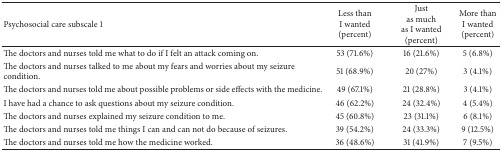
<table><thead><tr><td><b>Psychosocial care subscale 1 </b></td><td><b>Less thanI wanted(percent)</b></td><td><b>Justas muchas I wanted (percent)</b></td><td><b>More thanI wanted (percent)</b></td></tr></thead><tbody><tr><td>The doctors and nurses told me what to do if I felt an attack coming on.</td><td>53 (71.6%)</td><td>16 (21.6%)</td><td>5 (6.8%)</td></tr><tr><td>The doctors and nurses talked to me about my fears and worries about my seizure condition.</td><td>51 (68.9%)</td><td>20 (27%)</td><td>3 (4.1%)</td></tr><tr><td>The doctors and nurses told me about possible problems or side effects with the medicine.</td><td>49 (67.1%)</td><td>21 (28.8%)</td><td>3 (4.1%)</td></tr><tr><td>I have had a chance to ask questions about my seizure condition.</td><td>46 (62.2%)</td><td>24 (32.4%)</td><td>4 (5.4%)</td></tr><tr><td>The doctors and nurses explained my seizure condition to me.</td><td>45 (60.8%)</td><td>23 (31.1%)</td><td>6 (8.1%)</td></tr><tr><td>The doctors and nurses told me things I can and can not do because of seizures.</td><td>39 (54.2%)</td><td>24 (33.3%)</td><td>9 (12.5%)</td></tr><tr><td>The doctors and nurses told me how the medicine worked.</td><td>36 (48.6%)</td><td>31 (41.9%)</td><td>7 (9.5%)</td></tr></tbody></table>